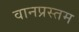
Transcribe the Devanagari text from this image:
वानप्रस्तम